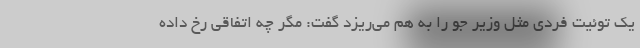
یک توئیت فردی مثل وزیر جو را به هم می‌ریزد گفت: مگر چه اتفاقی رخ داده